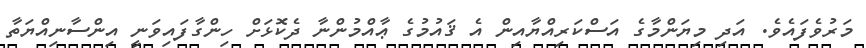
މަރުވެފައެވެ. އަދި މިޔަންމާގެ އަސްކަރިއްޔާއިން އެ ޤައުމުގެ ޢާއްމުންނާ ދެކޮޅަށް ހިންގާފައިވަނީ އިންސާނިއްޔަތާ